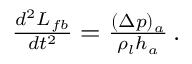
\begin{array} { r } { \frac { d ^ { 2 } L _ { f b } } { d t ^ { 2 } } = \frac { ( \Delta p ) _ { a } } { \rho _ { l } h _ { a } } \, . } \end{array}